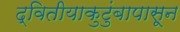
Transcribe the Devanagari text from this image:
द्वितीयाकुटुंबापासून